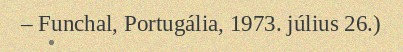
– Funchal, Portugália, 1973. július 26.)